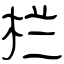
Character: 栏